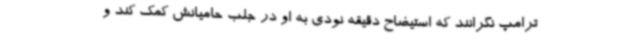
ترامپ نگرانند که استیضاح دقیقه نودی به او در جلب حامیانش کمک کند و